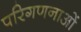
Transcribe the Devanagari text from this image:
परिगणनाओं